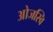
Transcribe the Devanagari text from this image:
ओजस्वि